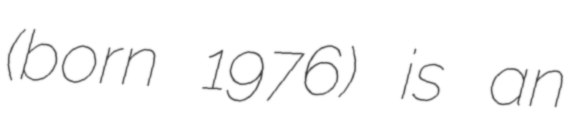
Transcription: (born 1976) is an